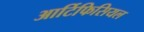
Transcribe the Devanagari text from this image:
आर्टिफिसियल